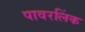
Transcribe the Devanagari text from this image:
पावरलिंक